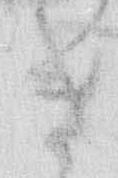
き